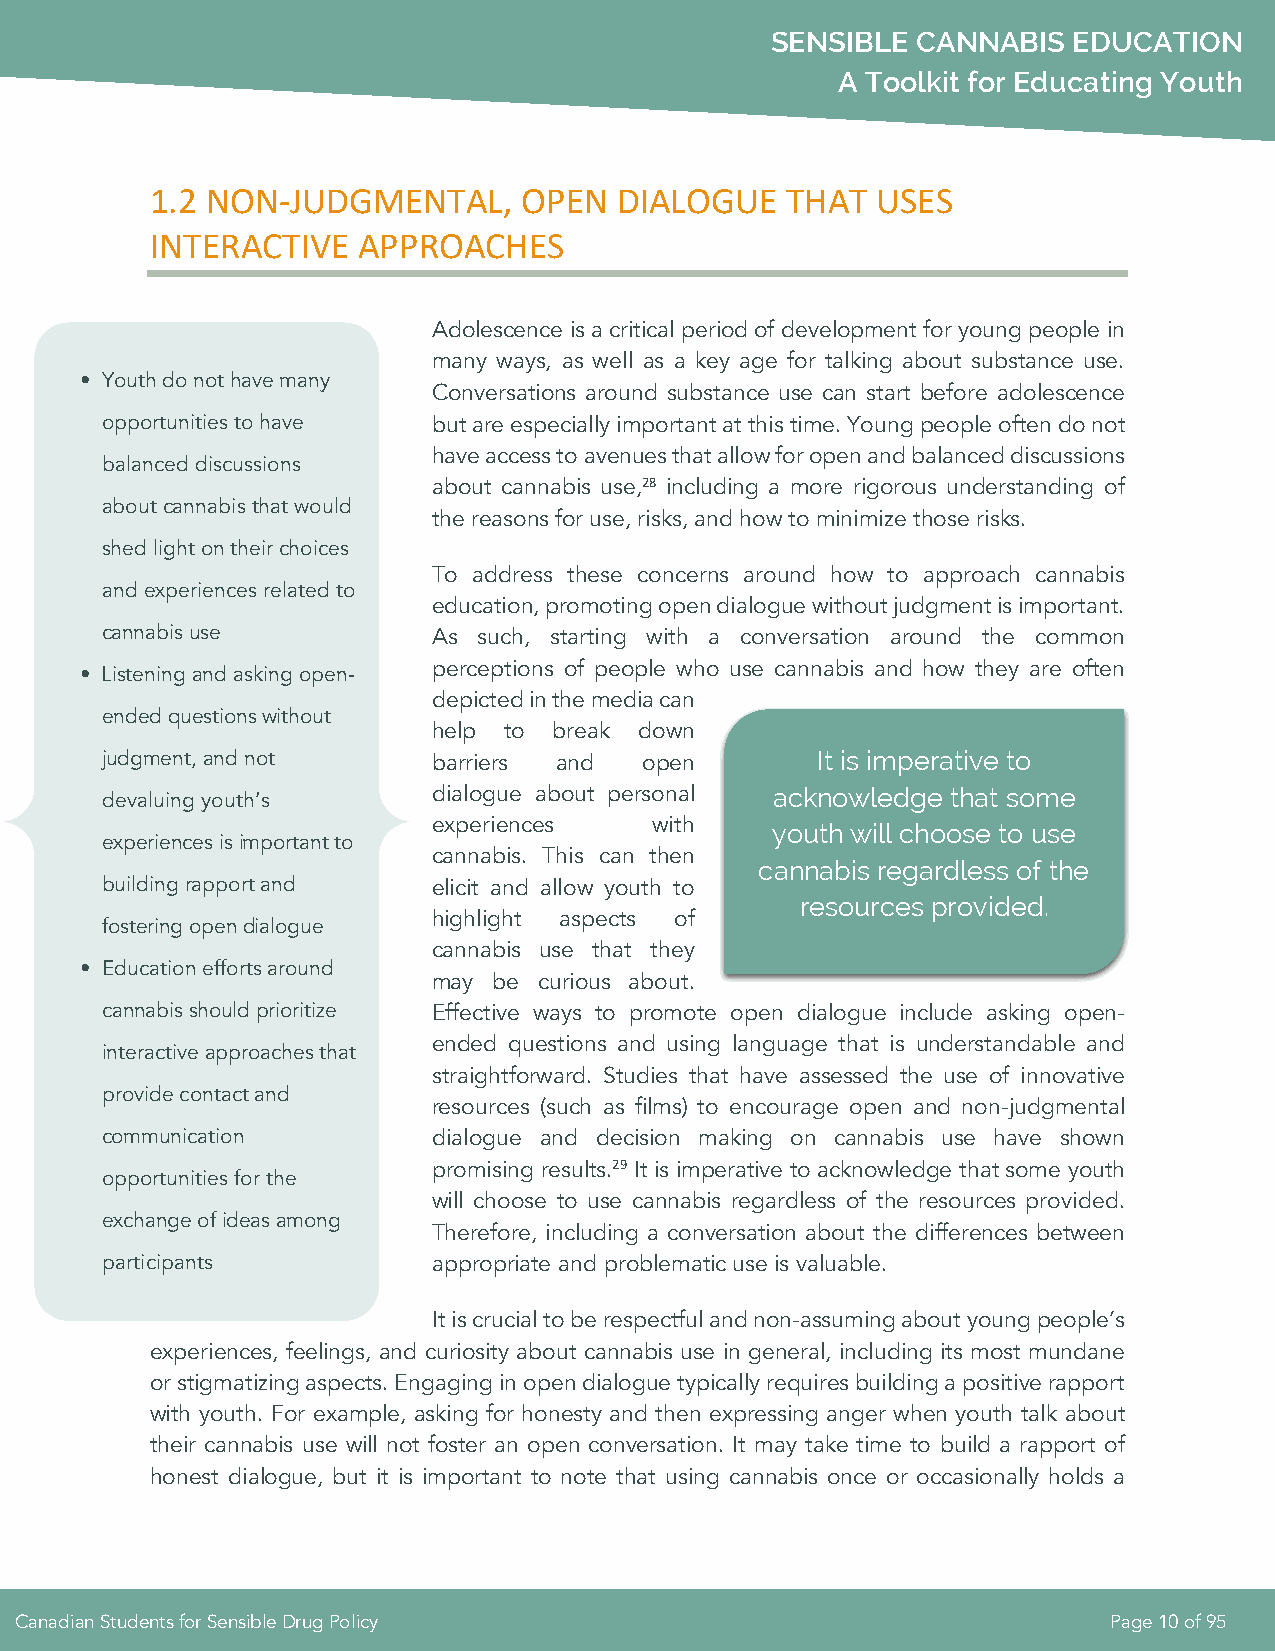
SENSIBLE  CANNABIS  EDUCATION
 A Toolkit for Educating Youth
 1.2 NON-JUDGMENTAL,      OPEN  DIALOGUE   THAT  USES
 INTERACTIVE   APPROACHES
 Adolescence is a critical period of development for young people in
 many ways, as well as a key age for talking about substance use.
 • Youth do not have many
 Conversations around substance use can start before adolescence
 opportunities to have but are especially important at this time. Young people often do not
 have access to avenues that allow for open and balanced discussions
 balanced discussions
 about cannabis use,28 including a more rigorous understanding of
 about cannabis that would
 the reasons for use, risks, and how to minimize those risks.
 shed light on their choices
 To address these concerns around how to approach cannabis
 and experiences related to
 education, promoting open dialogue without judgment is important.
 cannabis use          As such, starting with a conversation around the common
 • Listening and asking open-
 perceptions of people who use cannabis and how they are often
 depicted in the media can
 ended questions without
 help to break down
 judgment, and not     barriers and  open       It is imperative to
 devaluing youth’s
 dialogue about personal acknowledge that some
 experiences   with    youth will choose to use
 experiences is important to
 cannabis. This can then
 cannabis regardless of the
 building rapport and  elicit and allow youth to
 resources provided.
 highlight aspects of
 fostering open dialogue
 cannabis use that they
 • Education efforts around
 may be curious about.
 cannabis should prioritize Effective ways to promote open dialogue include asking open-
 ended questions and using language that is understandable and
 interactive approaches that
 straightforward. Studies that have assessed the use of innovative
 provide contact and
 resources (such as films) to encourage open and non-judgmental
 communication         dialogue and decision making on cannabis use have shown
 promising results.29 It is imperative to acknowledge that some youth
 opportunities for the
 will choose to use cannabis regardless of the resources provided.
 exchange of ideas among
 Therefore, including a conversation about the differences between
 participants          appropriate and problematic use is valuable.
 It is crucial to be respectful and non-assuming about young people’s
 experiences, feelings, and curiosity about cannabis use in general, including its most mundane
 or stigmatizing aspects. Engaging in open dialogue typically requires building a positive rapport
 with youth. For example, asking for honesty and then expressing anger when youth talk about
 their cannabis use will not foster an open conversation. It may take time to build a rapport of
 honest dialogue, but it is important to note that using cannabis once or occasionally holds a
 Canadian Students for Sensible Drug Policy                              Page 10 of 95